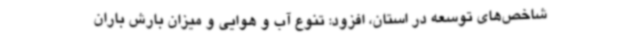
شاخص‌های توسعه در استان، افزود: تنوع آب و هوایی و میزان بارش باران